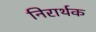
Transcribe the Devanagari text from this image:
निरार्थक